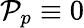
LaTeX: {\mathcal P_{p}}\equiv 0